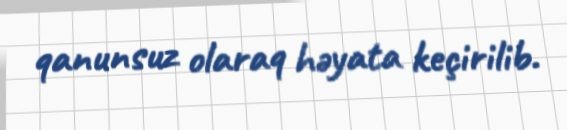
qanunsuz olaraq həyata keçirilib.